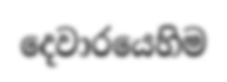
දෙවාරයෙහිම